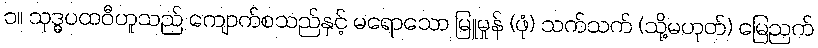
၁။ သုဒ္ဓပထဝီဟူသည် ကျောက်စသည်နှင့် မရောသော မြူမှုန် (ဖုံ) သက်သက် (သို့မဟုတ်) မြေညက်